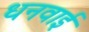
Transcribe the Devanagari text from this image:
धनवाई